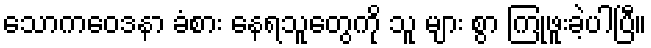
သောကဝေဒနာ ခံစား နေရသူတွေကို သူ များ စွာ ကြုံဖူးခဲ့ပါပြီ။